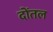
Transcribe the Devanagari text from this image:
दोंतल